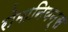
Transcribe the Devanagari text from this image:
रोमानियन्स